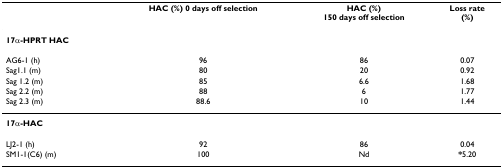
<table><thead><tr><td></td><td><b>HAC (%) 0 days off selection</b></td><td><b>HAC (%)150 days off selection</b></td><td><b>Loss rate(%)</b></td></tr></thead><tbody><tr><td><b>17α-HPRT HAC</b></td><td></td><td></td><td></td></tr><tr><td>AG6-1 (h)</td><td>96</td><td>86</td><td>0.07</td></tr><tr><td>Sag1.1 (m)</td><td>80</td><td>20</td><td>0.92</td></tr><tr><td>Sag 1.2 (m)</td><td>85</td><td>6.6</td><td>1.68</td></tr><tr><td>Sag 2.2 (m)</td><td>88</td><td>6</td><td>1.77</td></tr><tr><td>Sag 2.3 (m)</td><td>88.6</td><td>10</td><td>1.44</td></tr><tr><td><b>17α-HAC</b></td><td></td><td></td><td></td></tr><tr><td>LJ2-1 (h)</td><td>92</td><td>86</td><td>0.04</td></tr><tr><td>SM1-1(C6) (m)</td><td>100</td><td>Nd</td><td><b>*</b>5.20</td></tr></tbody></table>